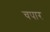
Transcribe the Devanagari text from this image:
चपार